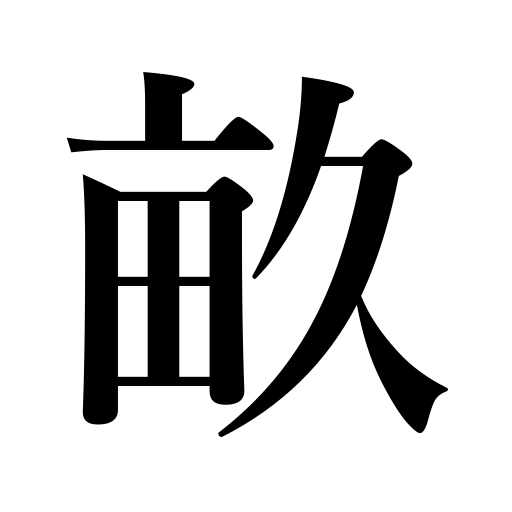
Meanings: rib or cord in cloth,ridge in a field,furrow